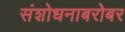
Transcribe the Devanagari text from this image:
संशोधनाबरोबर